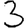
Digit: 3